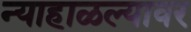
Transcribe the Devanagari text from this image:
न्याहाळल्यावर